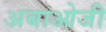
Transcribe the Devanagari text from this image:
अबाओजी